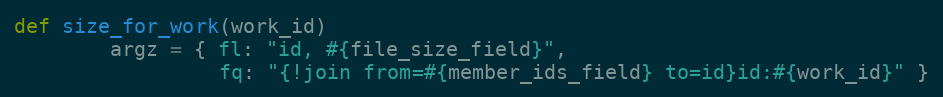
Language: Ruby
def size_for_work(work_id)
        argz = { fl: "id, #{file_size_field}",
                 fq: "{!join from=#{member_ids_field} to=id}id:#{work_id}" }